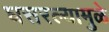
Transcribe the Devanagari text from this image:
घसरल्यामुळे